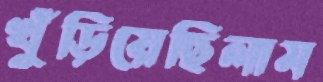
খুঁড়িয়েছিলাম